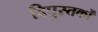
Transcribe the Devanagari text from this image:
विपुस्तकों